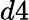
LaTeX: d4